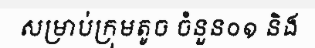
សម្រាប់ក្រុមតូច ចំនួន០១ និង